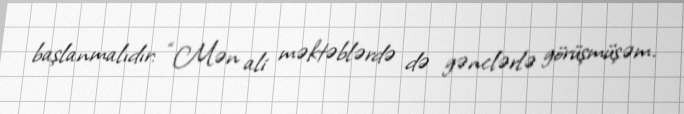
başlanmalıdır: “Mən ali məktəblərdə də gənclərlə görüşmüşəm.